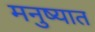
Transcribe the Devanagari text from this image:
मनुष्यात